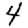
Digit: 4